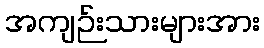
အကျဉ်းသားများအား